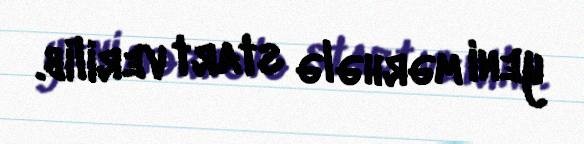
yeni mərhələ start verilib.